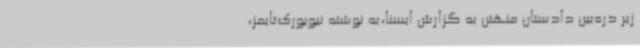
زیر ذره‌بین دادستان منهتن به گزارش ایسنا،‌به نوشته نیویورک‌تایمز،